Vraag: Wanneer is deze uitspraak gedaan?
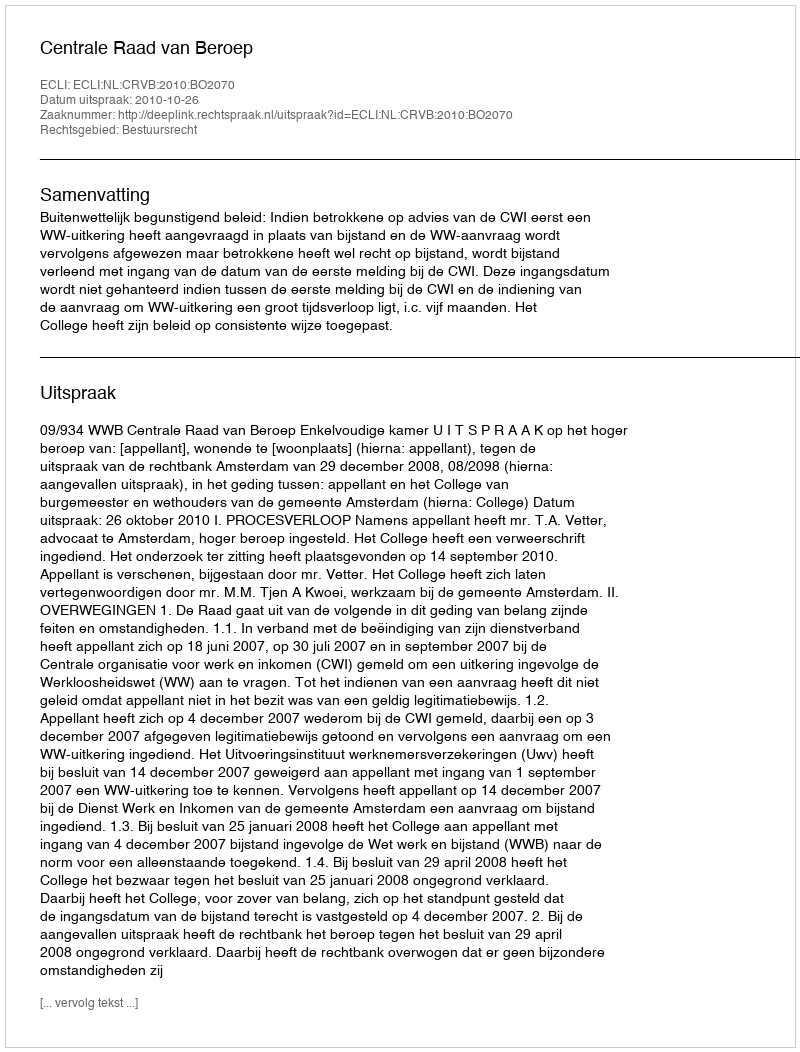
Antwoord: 2010-10-26